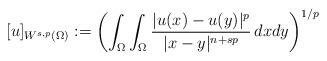
LaTeX: \begin{align*} [u]_{W^{s,p}(\Omega)}\vcentcolon =\left(\int_{\Omega}\int_{\Omega}\frac{|u(x)-u(y)|^p}{|x-y|^{n+sp}}\,dxdy\right)^{1/p}\end{align*}